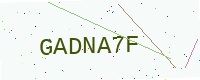
Text: GADNA7F